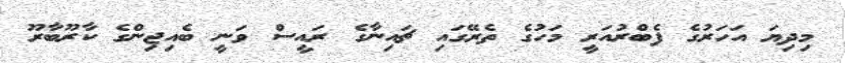
މިދިޔަ އަހަރުގެ ފެބްރުއަރީ މަހުގެ ތެރޭގައި ޗައިނާގެ ރައީސް ވަނީ ބެއިޖިންގެ ކާރޫބާރޫ